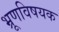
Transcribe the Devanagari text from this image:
भ्रूणविषयक